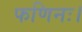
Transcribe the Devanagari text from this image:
फणिनः।